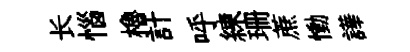
长惱櫓計呼練珊蔗慟譁